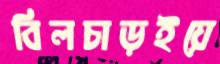
বিলচাড়ইয়ে